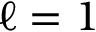
\ell = 1